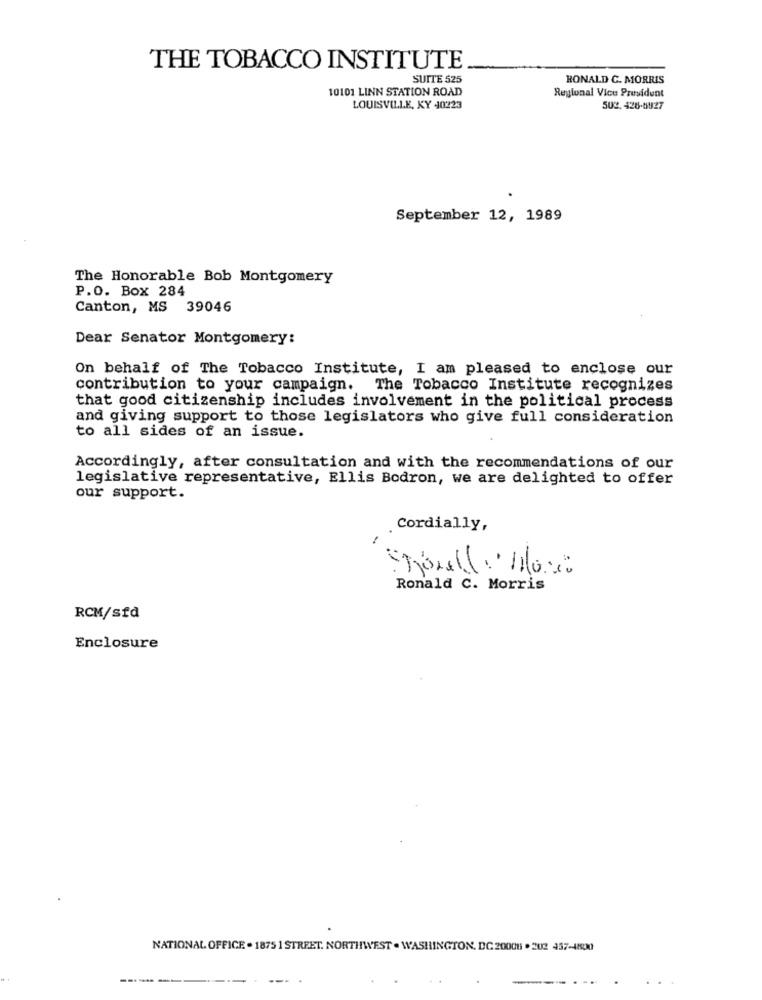
THE TOBACCO INSTITUTE
SUITE 525
RONALD C. MORRIS
10101 LINN STATION ROAD
Regional Vice President
LOUISVILLE, KY 40223
502. 428-6827
September 12, 1989
The Honorable Bob Montgomery
P.O. Box 284
Canton, MS 39046
Dear Senator Montgomery:
On behalf of The Tobacco Institute, I am pleased to enclose our
contribution to your campaign. The Tobacco Institute recognizes
that good citizenship includes involvement in the political process
and giving support to those legislators who give full consideration
to all sides of an issue.
Accordingly, after consultation and with the recommendations of our
legislative representative, Ellis Bodron, we are delighted to offer
our support.
Cordially,
=
Ronald C. Morris
RCM/sfd
Enclosure
NATIONAL OFFICE . 1875 1 STREET. NORTHWEST . WASHINGTON, DC 20001 . 202 437-48500
----
--